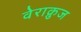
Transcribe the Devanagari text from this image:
वेराक्रुज